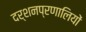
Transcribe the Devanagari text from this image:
दर्शनप्रणालियों